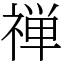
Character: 禅